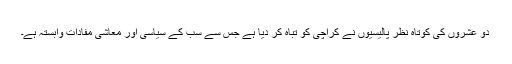
دو عشروں کی کوتاہ نظر پالیسیوں نے کراچی کو تباہ کر دیا ہے جس سے سب کے سیاسی اور معاشی مفادات وابستہ ہے۔